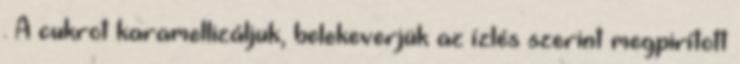
. A cukrot karamellizáljuk, belekeverjük az ízlés szerint megpirított